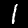
Digit: 1